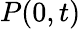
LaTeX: P(0,t)